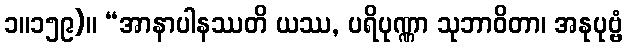
၁။၁၅၉)။ “အာနာပါနဿတိ ယဿ, ပရိပုဏ္ဏာ သုဘာဝိတာ၊ အနုပုဗ္ဗံ